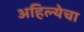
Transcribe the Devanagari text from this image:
अहिल्येचा